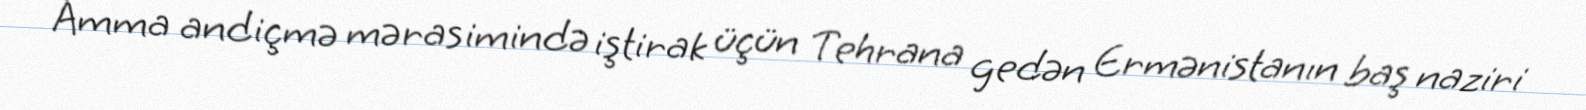
Amma andiçmə mərasimində iştirak üçün Tehrana gedən Ermənistanın baş naziri